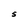
Character: S